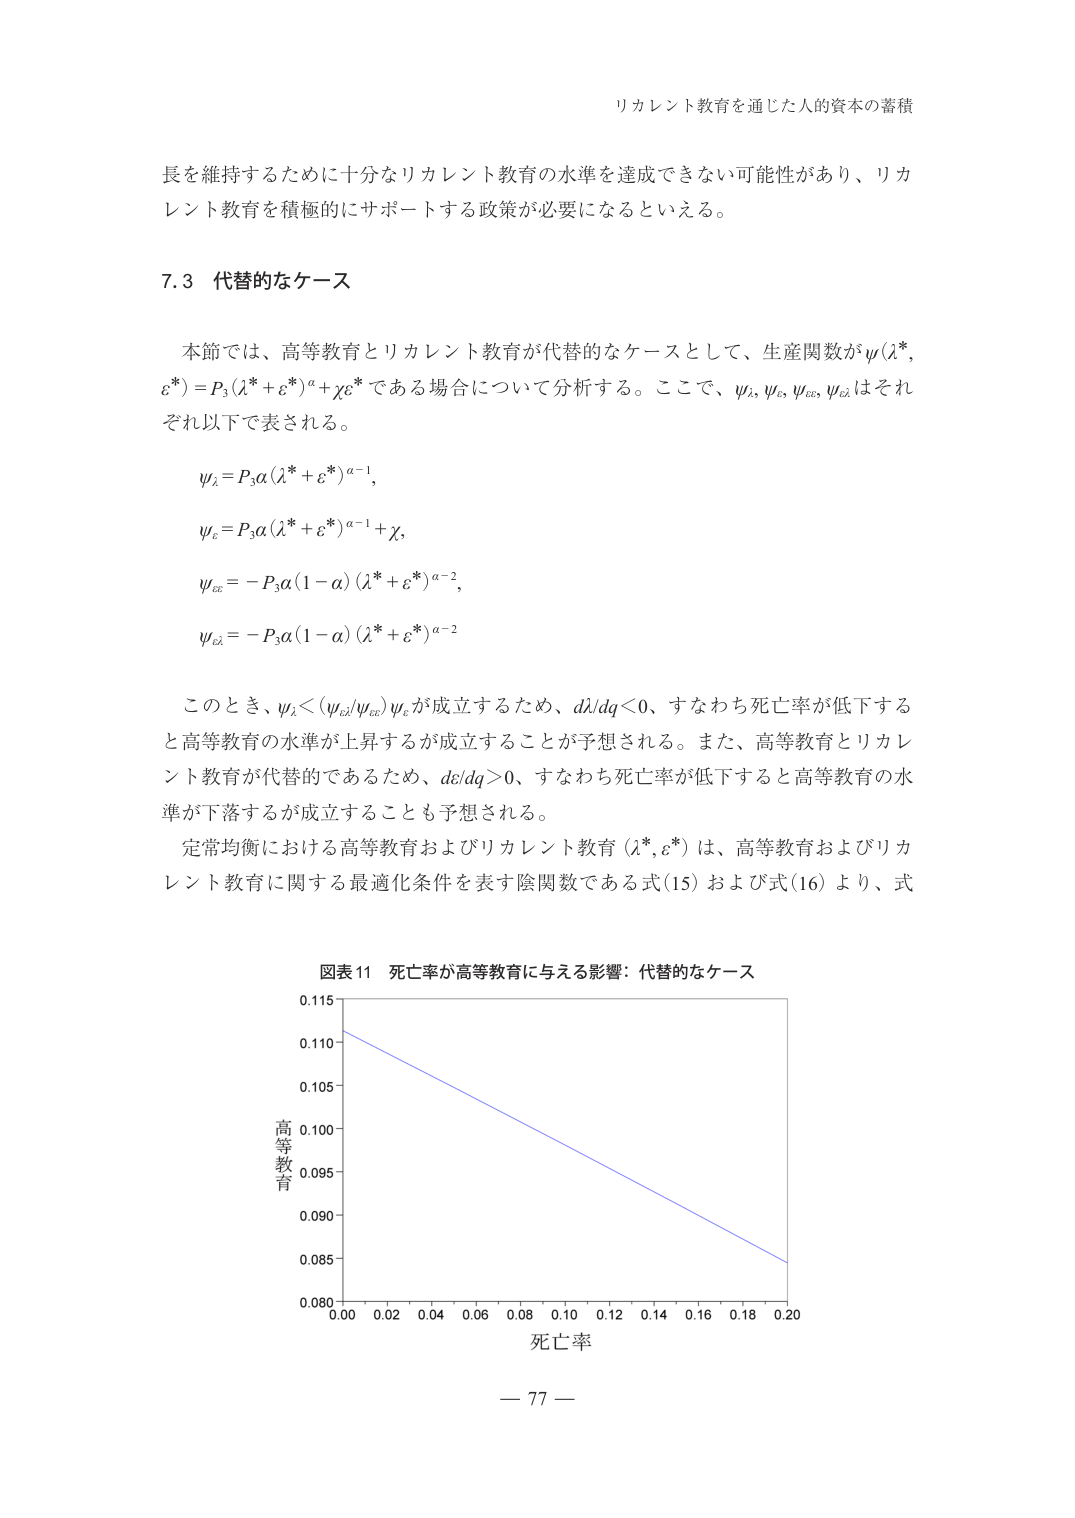
リカレント教育を通じた人的資本の蓄積

長を維持するために十分なリカレント教育の水準を達成できない可能性があり、リカレント教育を積極的にサポートする政策が必要になるといえる。

7.3 代替的なケース

本節では、高等教育とリカレント教育が代替的なケースとして、生産関数がψ(λ*, ε*) = P₃(λ* + ε*)^α + χε* である場合について分析する。ここで、ψ_λ, ψ_ε, ψ_εε, ψ_λλ はそれぞれ以下で表される。

ψ_λ = P₃α(λ* + ε*)^{α−1},

ψ_ε = P₃α(λ* + ε*)^{α−1} + χ,

ψ_εε = −P₃α(1−α)(λ* + ε*)^{α−2},

ψ_λλ = −P₃α(1−α)(λ* + ε*)^{α−2}

このとき、ψ_λ < (ψ_ελ / ψ_εε) ψ_ε が成立するため、dλ/dq < 0、すなわち死亡率が低下すると高等教育の水準が上昇することが成立することが予想される。また、高等教育とリカレント教育が代替的であるため、dε/dq > 0、すなわち死亡率が低下すると高等教育の水準が下落することが成立することも予想される。

定常均衡における高等教育およびリカレント教育 (λ*, ε*) は、高等教育およびリカレント教育に関する最適化条件を表す陰関数である式(15) および式(16) より、式

図表11 死亡率が高等教育に与える影響：代替的なケース

0.115
0.110
0.105
0.100
0.095
0.090
0.085
0.080
0.00 0.02 0.04 0.06 0.08 0.10 0.12 0.14 0.16 0.18 0.20
死亡率
高等教育

— 77 —